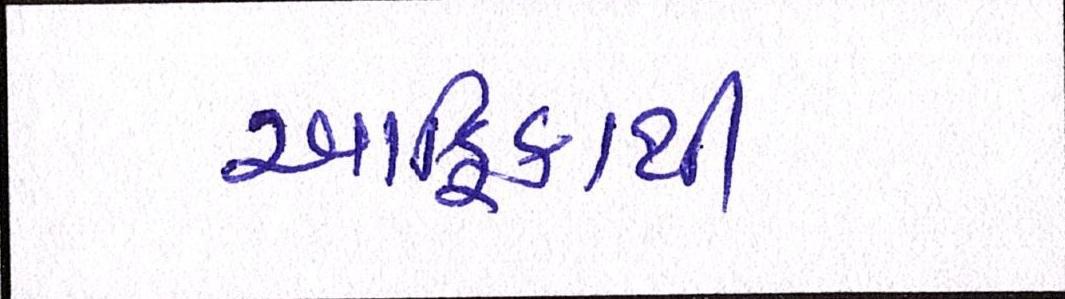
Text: આફ્રિકાથી